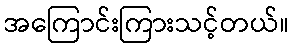
အကြောင်းကြားသင့်တယ်။